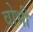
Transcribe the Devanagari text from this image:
वोभी